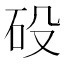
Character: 砓